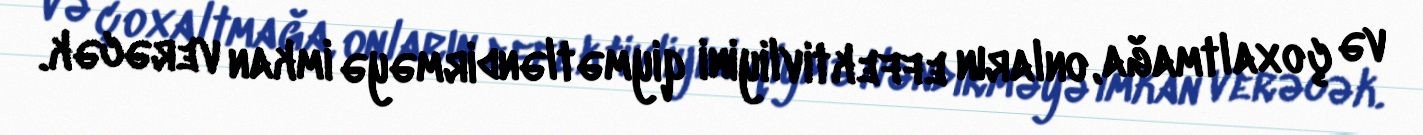
və çoxaltmağa, onların effektivliyini qiymətləndirməyə imkan verəcək.